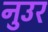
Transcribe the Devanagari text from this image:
नुउर